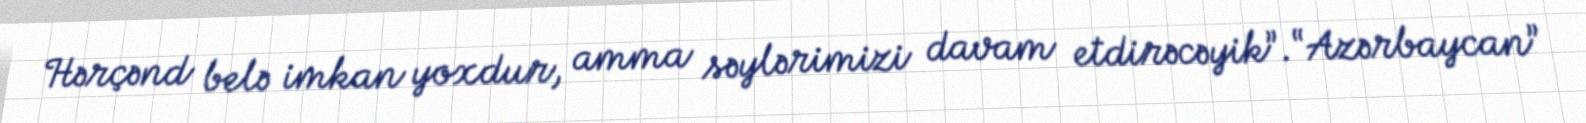
Hərçənd belə imkan yoxdur, amma səylərimizi davam etdirəcəyik”.“Azərbaycan”